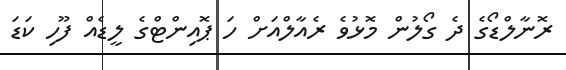
ރޮނާލްޑޯގެ ދެ ގޯލުން މޮޅުވެ ރެއާލްއަށް ހަ ޕޮއިންޓްގެ ލީޑެއް ފޫހި ކަޑަ